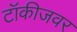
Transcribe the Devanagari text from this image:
टॉकीजवर